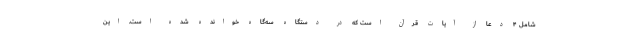
شامل ۴ دعا از آیات قرآن است که در دستگاه سه‌گاه خوانده شده است. این